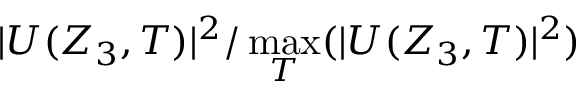
| U ( Z _ { 3 } , T ) | ^ { 2 } / \operatorname* { m a x } _ { T } ( | U ( Z _ { 3 } , T ) | ^ { 2 } )